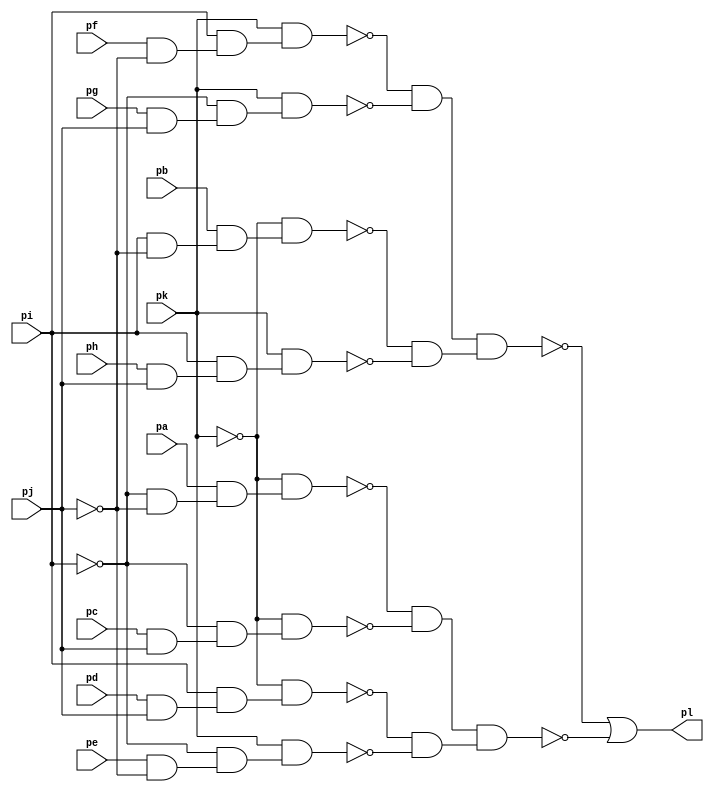
module top ( 
    pa, pb, pc, pd, pe, pf, pg, ph, pi, pj, pk,
    pl  );
  input  pa, pb, pc, pd, pe, pf, pg, ph, pi, pj, pk;
  output pl;
  wire new_n13_, new_n14_, new_n15_, new_n16_, new_n17_, new_n18_, new_n19_,
    new_n20_, new_n21_, new_n22_, new_n23_, new_n24_, new_n25_, new_n26_,
    new_n27_, new_n28_, new_n29_, new_n30_, new_n31_, new_n32_, new_n33_,
    new_n34_, new_n35_, new_n36_, new_n37_, new_n38_, new_n39_, new_n40_,
    new_n41_, new_n42_;
  assign new_n13_ = pd & pj;
  assign new_n14_ = pi & new_n13_;
  assign new_n15_ = ~pk & new_n14_;
  assign new_n16_ = pe & ~pj;
  assign new_n17_ = ~pi & new_n16_;
  assign new_n18_ = pk & new_n17_;
  assign new_n19_ = ~pi & ~pj;
  assign new_n20_ = pa & new_n19_;
  assign new_n21_ = ~pk & new_n20_;
  assign new_n22_ = pc & pj;
  assign new_n23_ = ~pi & new_n22_;
  assign new_n24_ = ~pk & new_n23_;
  assign new_n25_ = pi & ~pj;
  assign new_n26_ = pb & new_n25_;
  assign new_n27_ = ~pk & new_n26_;
  assign new_n28_ = ph & pj;
  assign new_n29_ = pi & new_n28_;
  assign new_n30_ = pk & new_n29_;
  assign new_n31_ = pf & ~pj;
  assign new_n32_ = pi & new_n31_;
  assign new_n33_ = pk & new_n32_;
  assign new_n34_ = pg & pj;
  assign new_n35_ = ~pi & new_n34_;
  assign new_n36_ = pk & new_n35_;
  assign new_n37_ = ~new_n33_ & ~new_n36_;
  assign new_n38_ = ~new_n27_ & ~new_n30_;
  assign new_n39_ = new_n37_ & new_n38_;
  assign new_n40_ = ~new_n21_ & ~new_n24_;
  assign new_n41_ = ~new_n15_ & ~new_n18_;
  assign new_n42_ = new_n40_ & new_n41_;
  assign pl = ~new_n39_ | ~new_n42_;
endmodule